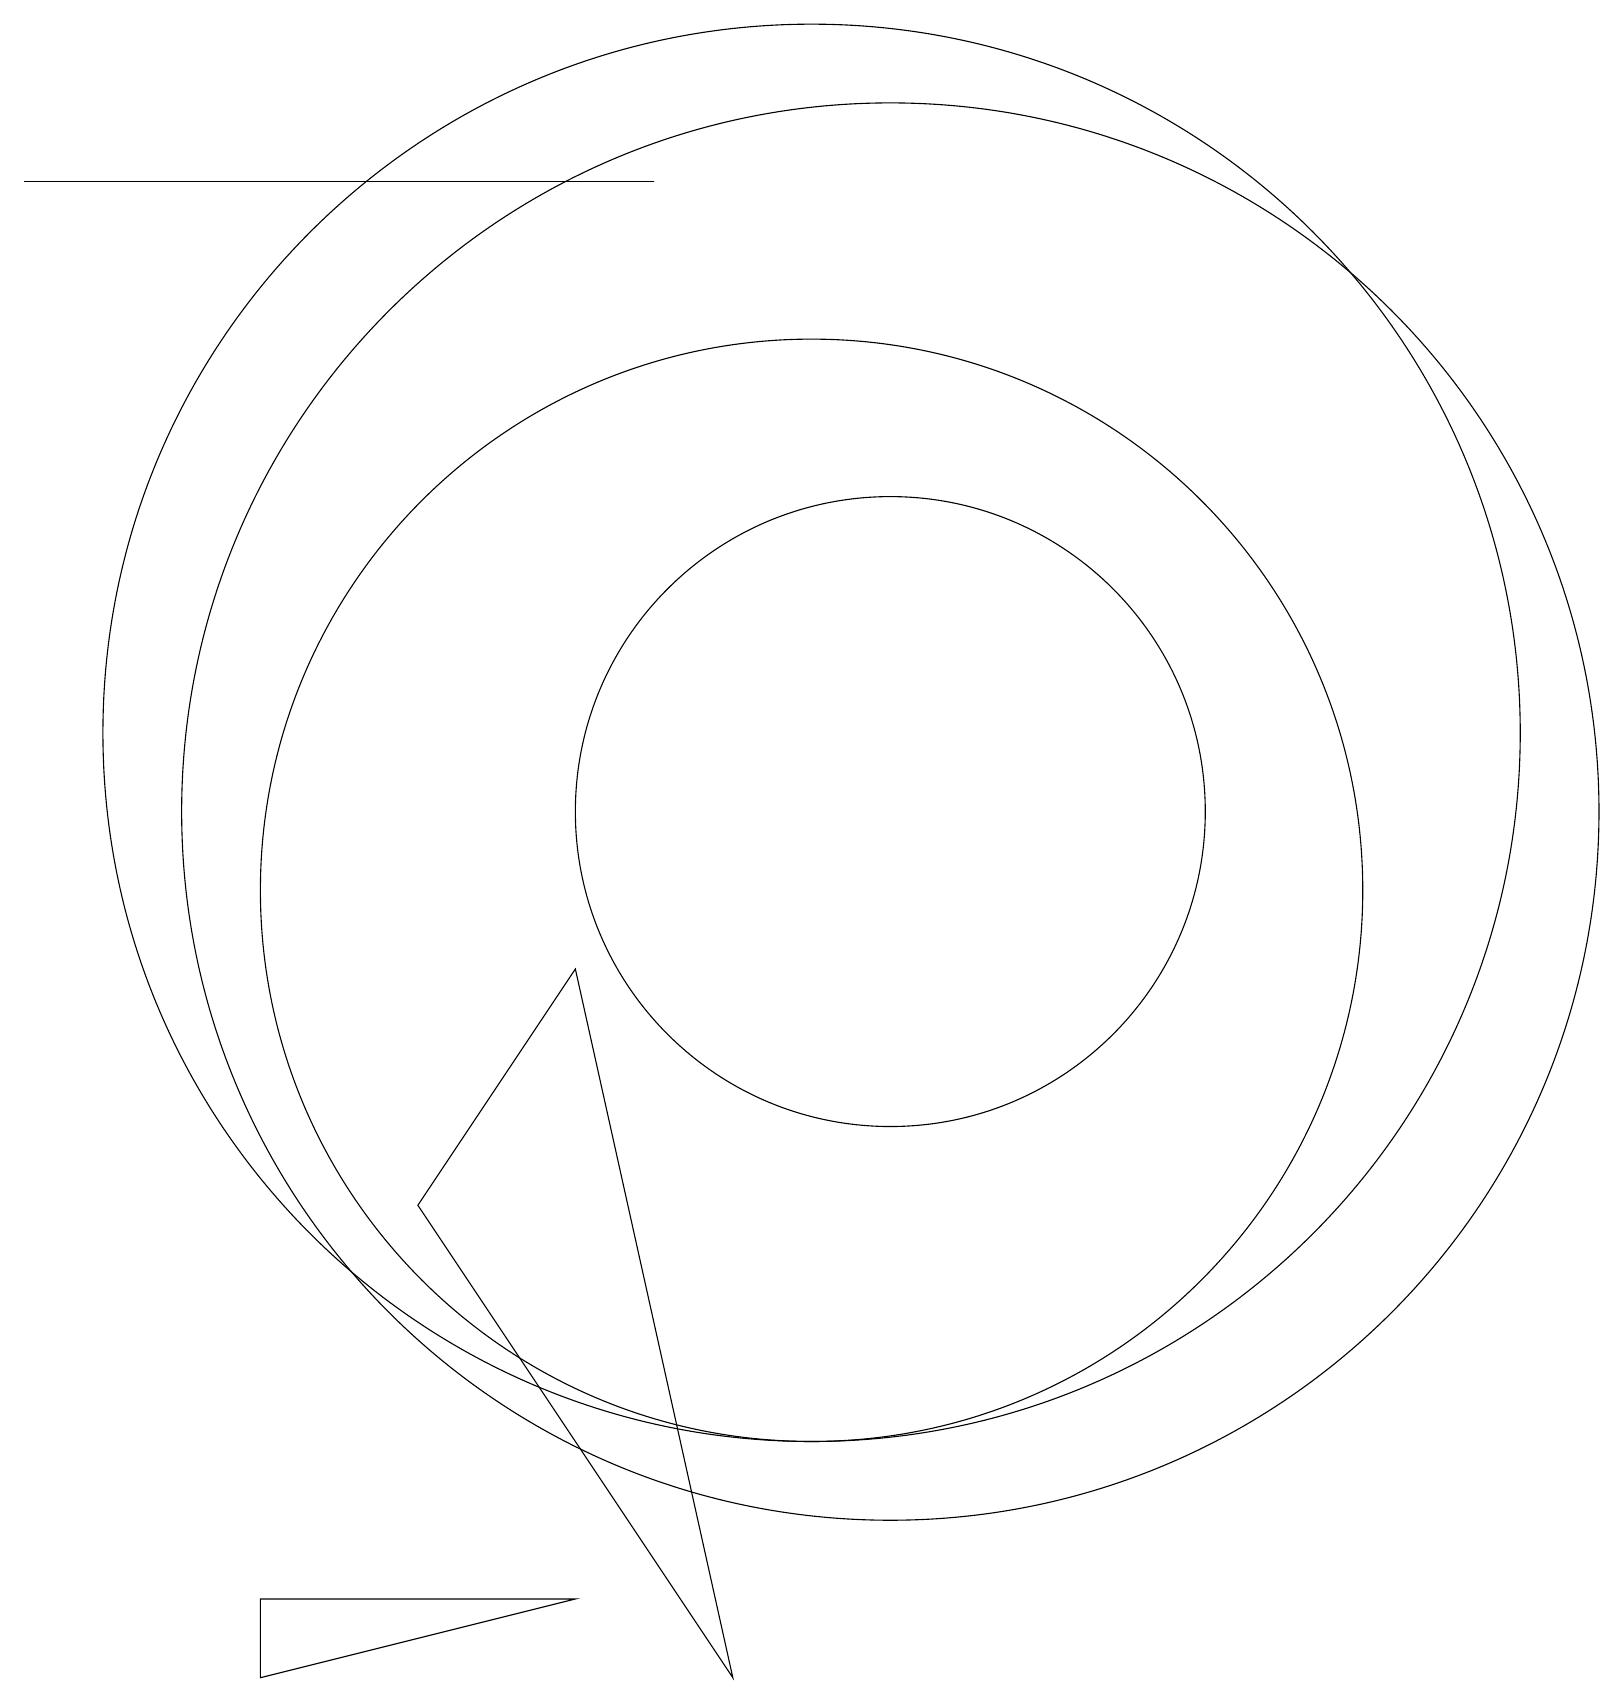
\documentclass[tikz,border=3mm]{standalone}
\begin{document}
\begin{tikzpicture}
\draw (10,10) circle (7);
\draw (11,11) circle (9);
\draw (7,1) -- (3,0) -- (3,1) -- cycle;
\draw (0,19) rectangle (8,19);
\draw (5,6) -- (7,9) -- (9,0) -- cycle;
\draw (10,12) circle (9);
\draw (11,11) circle (4);
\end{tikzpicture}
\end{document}